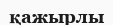
қажырлы